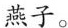
燕子。